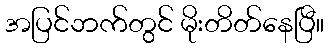
အပြင်ဘက်တွင် မိုးတိတ်နေပြီ။